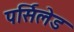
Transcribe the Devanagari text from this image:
पर्सिलेड